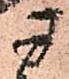
ヨ